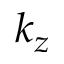
k _ { z }